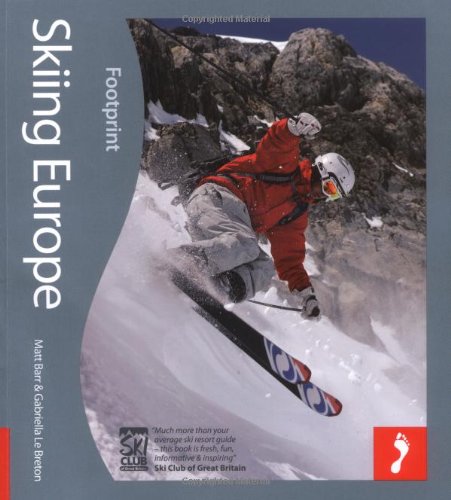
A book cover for Skiing Europe: Tread Your Own Path (Footprint Handbooks); Matt Barr; Travel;